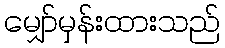
မျှော်မှန်းထားသည်